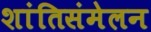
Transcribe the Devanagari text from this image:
शांतिसंमेलन